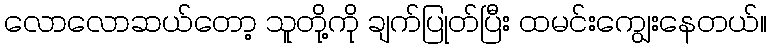
လောလောဆယ်တော့ သူတို့ကို ချက်ပြုတ်ပြီး ထမင်းကျွေးနေတယ်။